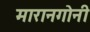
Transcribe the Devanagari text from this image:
मारानगोनी